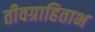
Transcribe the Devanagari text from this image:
तीवग्राहिताभ